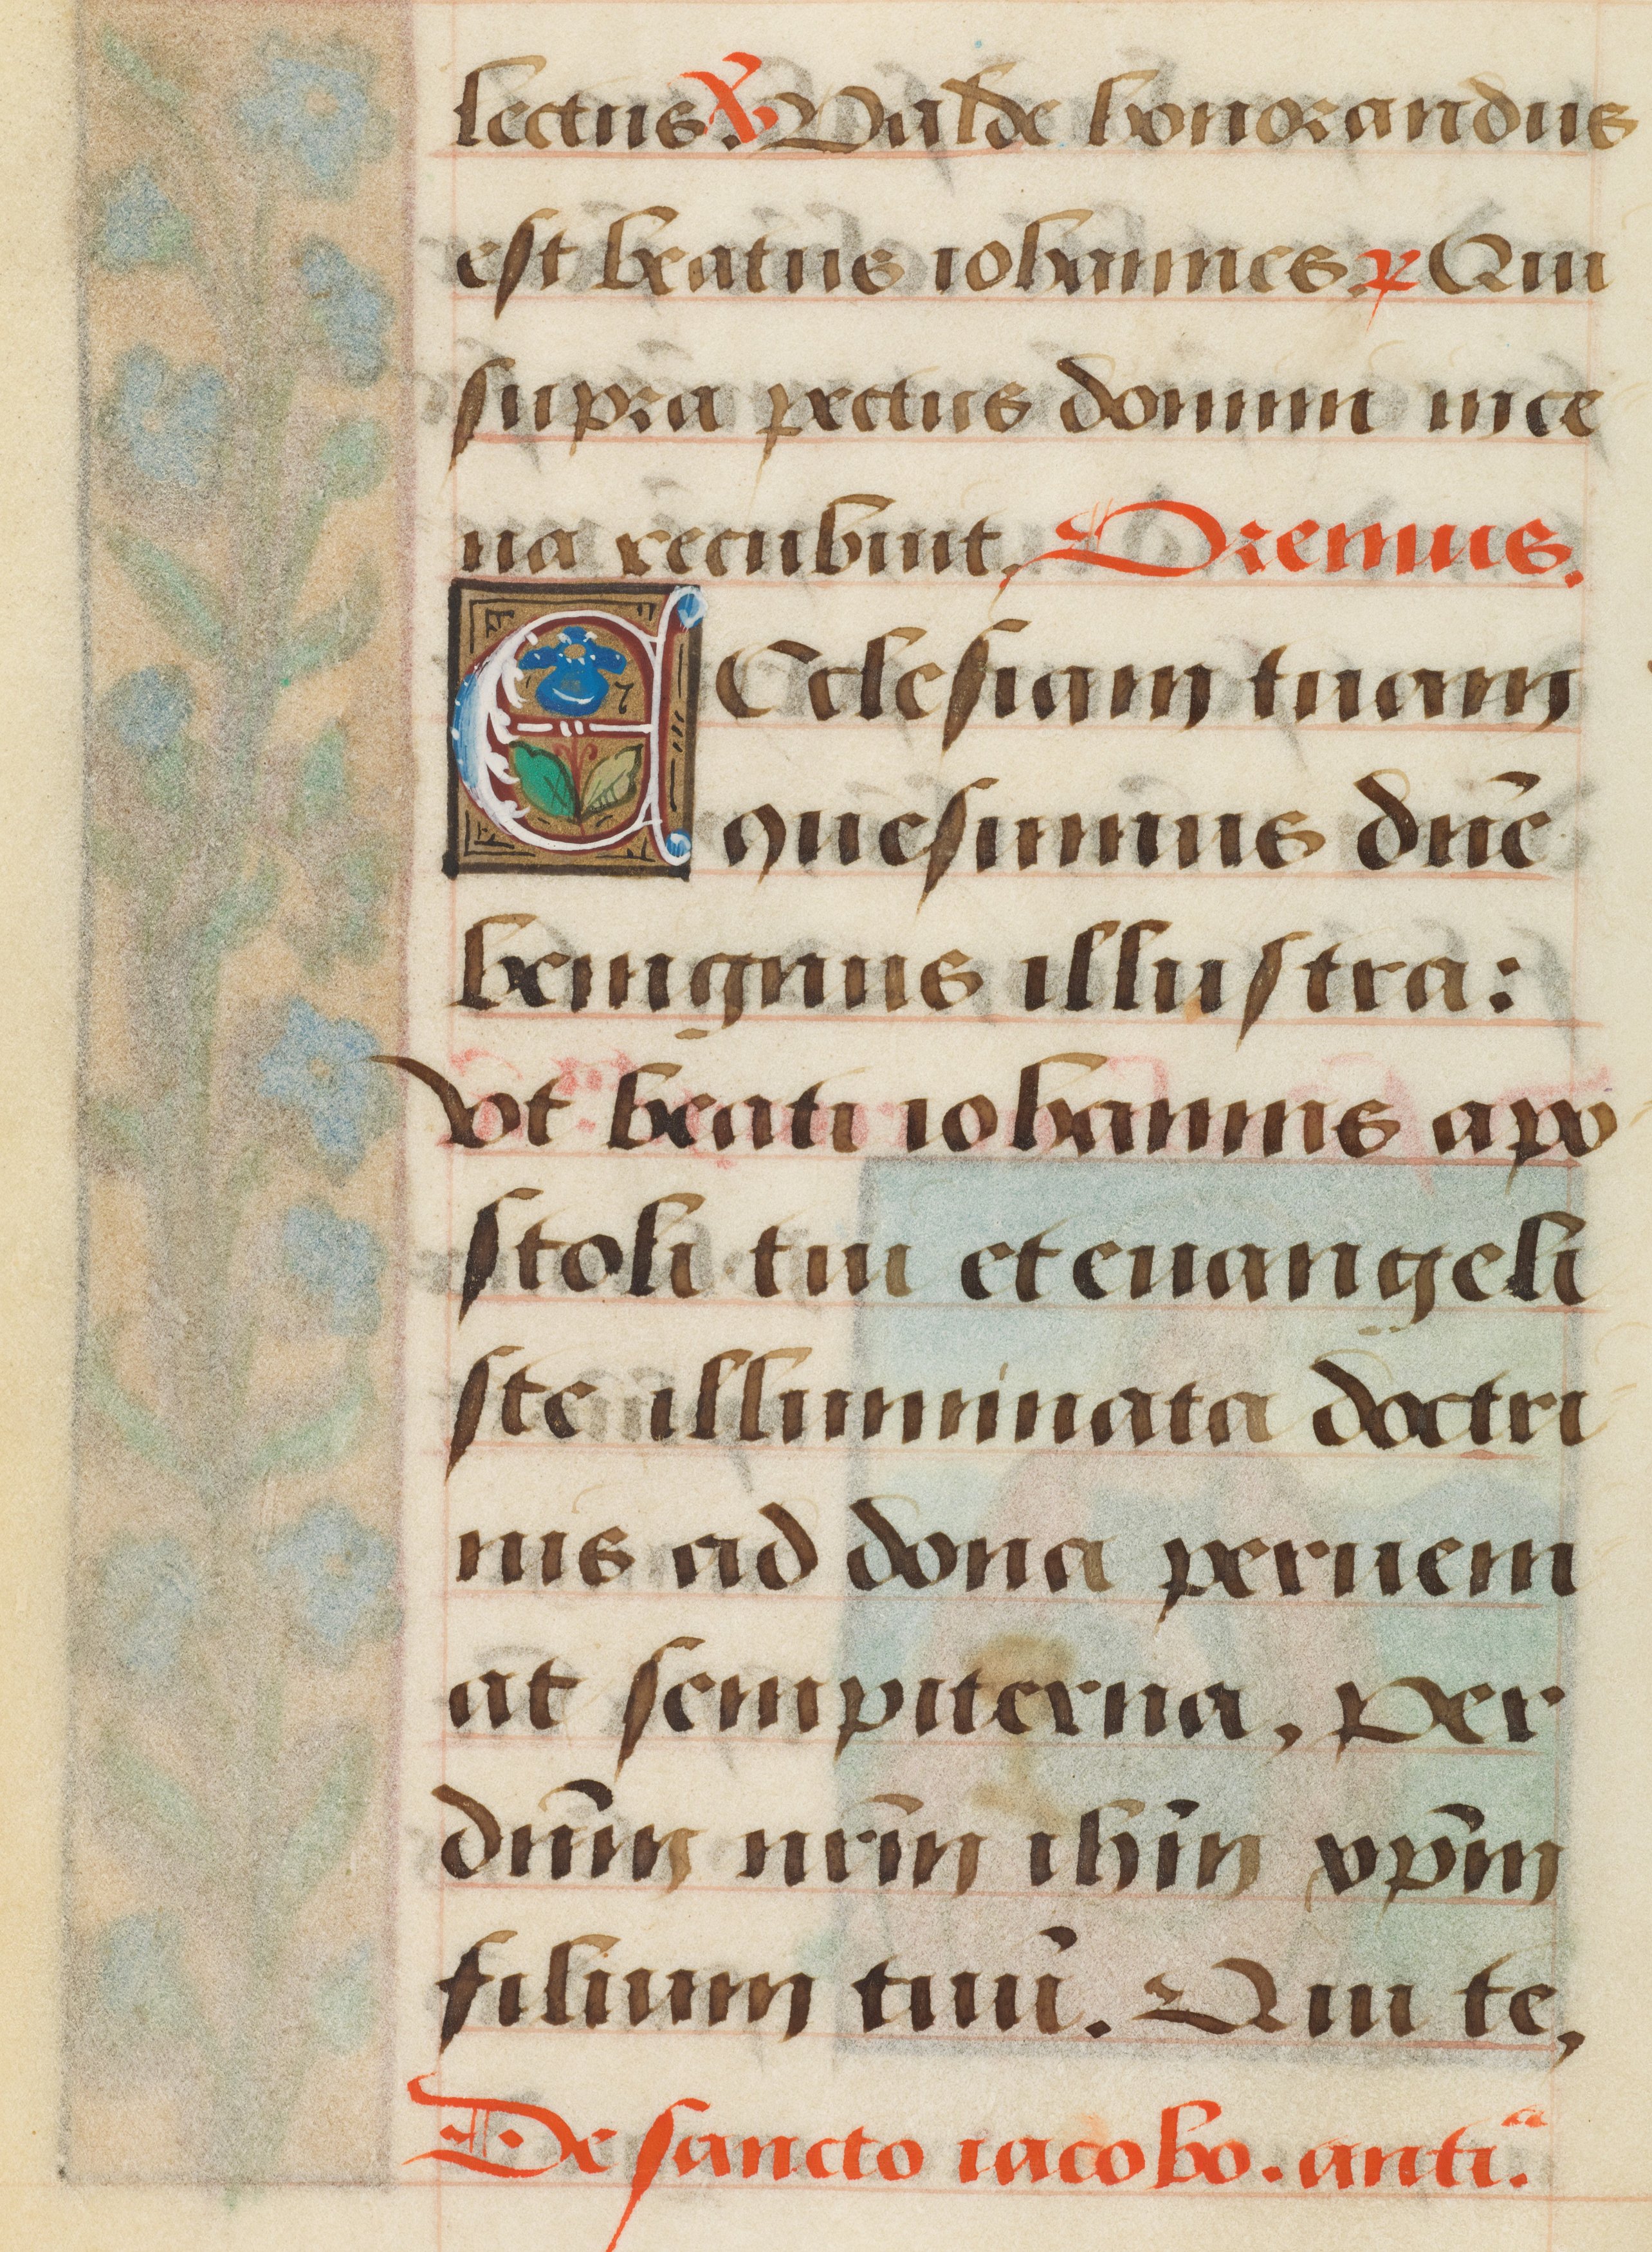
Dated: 1485–1525